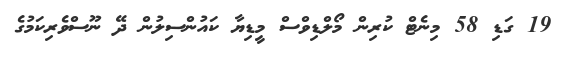
19 ގަޑި 58 މިނެޓް ކުރިން މޯލްޑިވްސް މީޑިޔާ ކައުންސިލުން ދޭ ނޫސްވެރިކަމުގެ